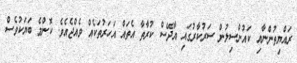
ރައްޔިތުންނާއި ކައުންސިލުން ސަރުކާރުގައި އާދޭސް ކުރާތާ އެތައް އަހަރުތަކެއް ވެއްޖެއެވެ. ކޮންމެ ބަޔަކުވެސް